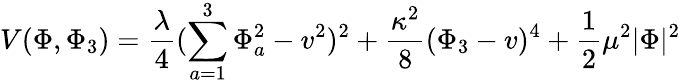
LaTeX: V(\Phi,\Phi_{3})={\frac{\lambda}{4}}(\sum_{a=1}^{3}\Phi_{a}^{2}-v^{2})^{2}+{\frac{\kappa^{2}}{8}}(\Phi_{3}-v)^{4}+{\frac{1}{2}}\mu^{2}|\Phi|^{2}